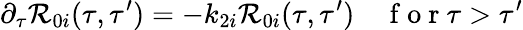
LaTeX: \partial_{\tau}\mathcal{R}_{0i}(\tau,\tau^{\prime})=-k_{2i}\mathcal{R}_{0i}(\tau,\tau^{\prime})\quad\mathrm{{~f~o~r~}}\tau>\tau^{\prime}